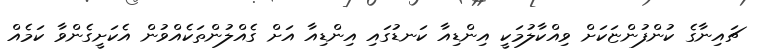
ޗައިނާގެ ކުންފުންޏަކަށް ވިއްކާލުމަކީ އިންޑިއާ ކަނޑުގައި އިންޑިއާ އަށް ގެއްލުންތަކެއްވުން އެކަށީގެންވާ ކަމެއް